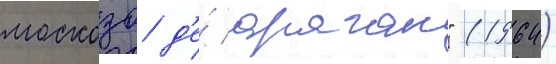
москозо д'е́ араган" (1964)